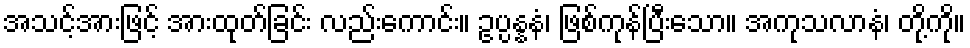
အသင့်အားဖြင့် အားထုတ်ခြင်း လည်းကောင်း။ ဥပ္ပန္နနံ၊ ဖြစ်ကုန်ပြီးသော။ အကုသလာနံ၊ တို့ကို။